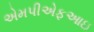
એમપીએફઆઇ